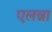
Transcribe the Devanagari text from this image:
एलन्ना